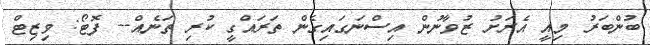
ބުންބަރު މިއީ އެރަށު ޒުވާނުން އިސްނަގައިގެން ތަރައްގީ ކުރި ތަނެއް-- ފޮޓޯ: ވިޒިޓް